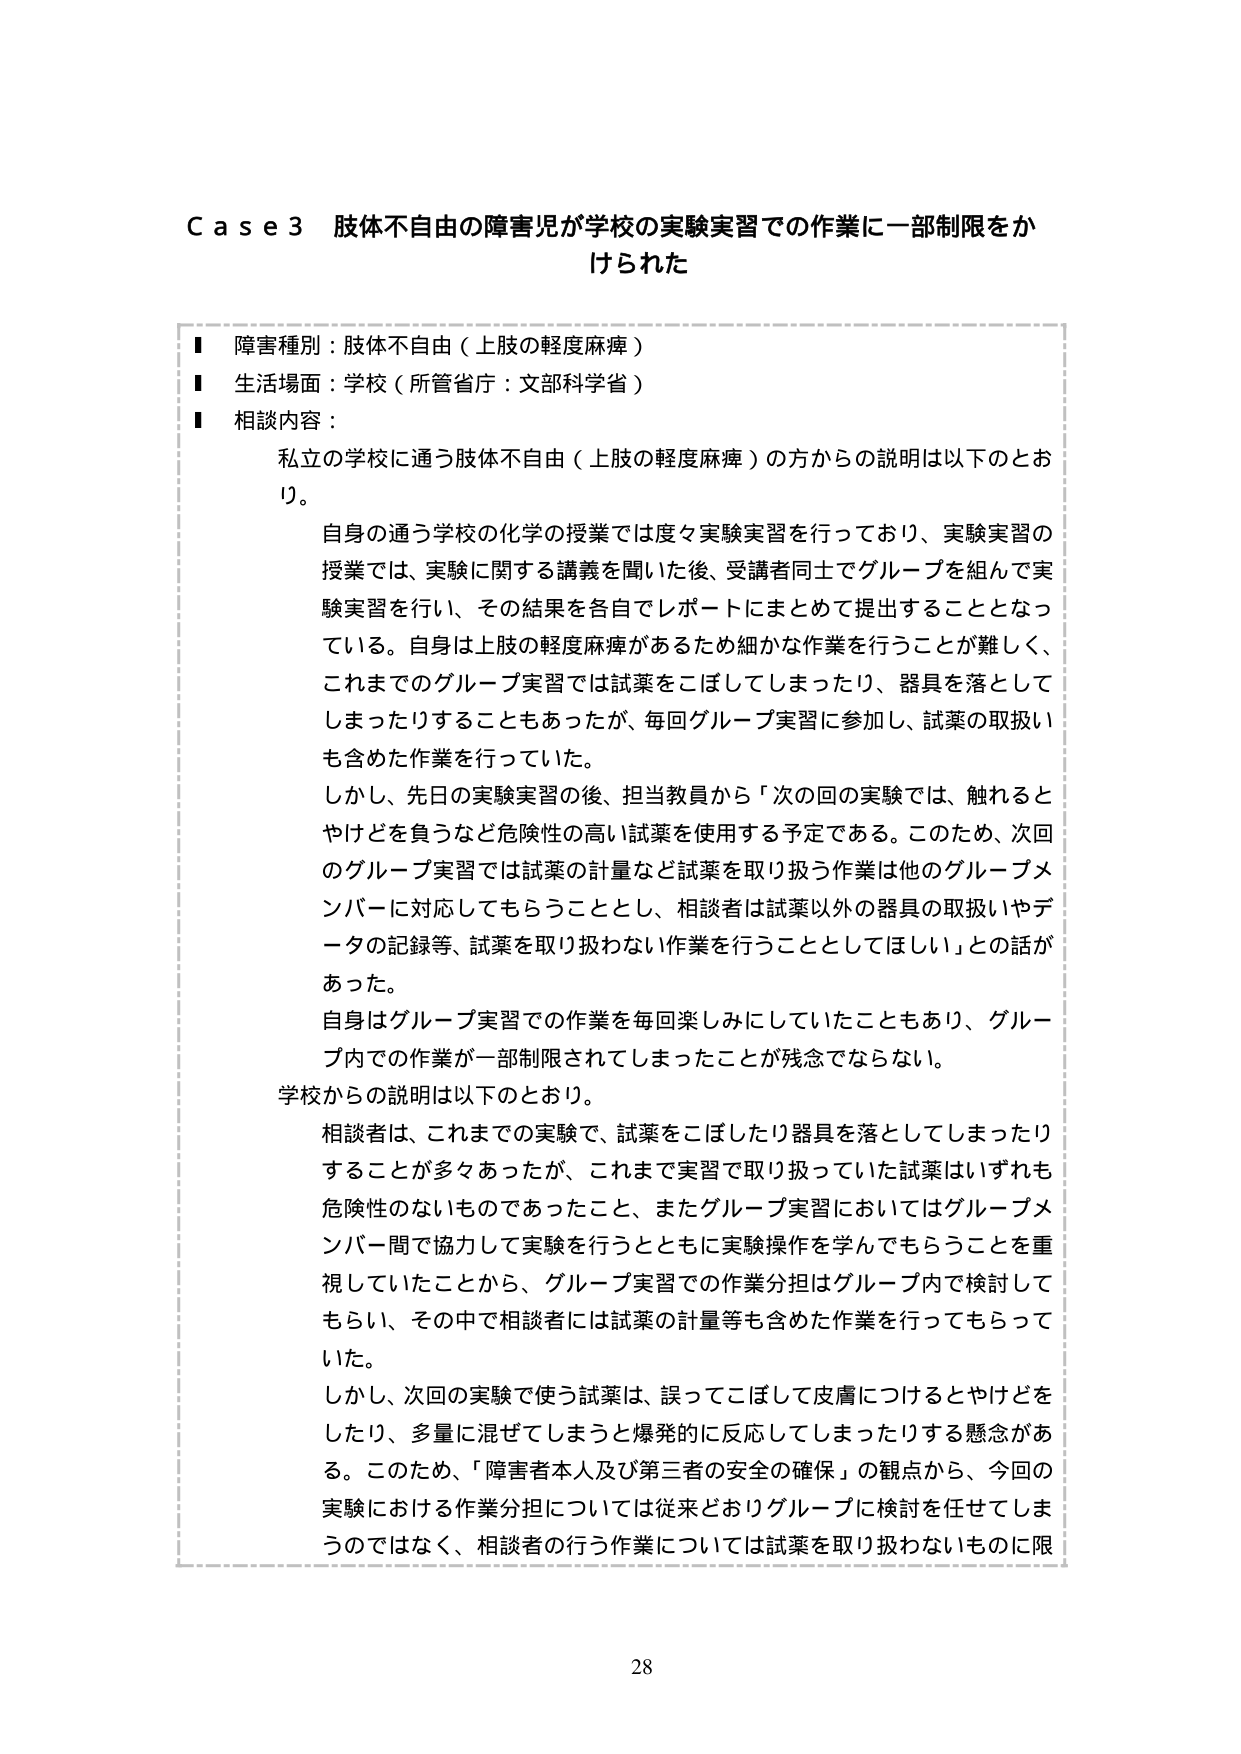
Case 3 肢体不自由の障害児が学校の実験実習での作業に一部制限をかけられた

■ 障害種別：肢体不自由（上肢の軽度麻痺）
■ 生活場面：学校（所管省庁：文部科学省）
■ 相談内容：

私立の学校に通う肢体不自由（上肢の軽度麻痺）の方からの説明は以下のとおり。

自身の通う学校の化学の授業では度々実験実習を行っており、実験実習の授業では、実験に関する講義を聞いた後、受講者同士でグループを組んで実験実習を行い、その結果を各自でレポートにまとめて提出することとなっている。自身は上肢の軽度麻痺があるため細かな作業を行うことが難しく、これまでのグループ実習では試薬をこぼしてしまったり、器具を落としてしまったりすることもあったが、毎回グループ実習に参加し、試薬の取扱いも含めた作業を行っていた。

しかし、先日の実験実習の後、担当教員から「次の回の実験では、触れるとやけどを負うなど危険性の高い試薬を使用する予定である。このため、次回のグループ実習では試薬の計量など試薬を取り扱う作業は他のグループメンバーに対応してもらうこととし、相談者は試薬以外の器具の取扱いやデータの記録等、試薬を取り扱わない作業を行うこととしてほしい」との話があった。

自身はグループ実習での作業を毎回楽しみにしていたこともあり、グループ内での作業が一部制限されてしまったことが残念でならない。

学校からの説明は以下のとおり。

相談者は、これまでの実験で、試薬をこぼしたり器具を落としてしまったりすることが多々あったが、これまで実習で取り扱っていた試薬はいずれも危険性のないものであったこと、またグループ実習においてはグループメンバー間で協力して実験を行うとともに実験操作を学んでもらうことを重視していたことから、グループ実習での作業分担はグループ内で検討してもらい、その中で相談者には試薬の計量等も含めた作業を行ってもらっていた。

しかし、次回の実験で使う試薬は、誤ってこぼして皮膚につけたりやけどをしたり、多量に混ぜてしまうと爆発的に反応してしまうとする懸念がある。このため、「障害者本人及び第三者の安全の確保」の観点から、今回の実験における作業分担については従来どおりグループに検討を任せてしまうのではなく、相談者の行う作業については試薬を取り扱わないものに限

28